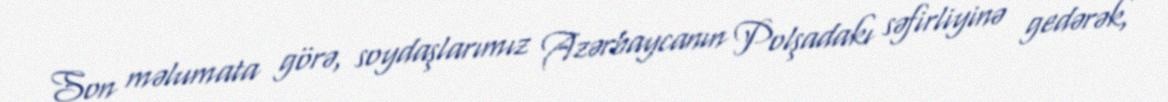
Son məlumata görə, soydaşlarımız Azərbaycanın Polşadakı səfirliyinə gedərək,